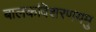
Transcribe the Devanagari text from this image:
बालकविशरणयमु